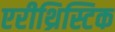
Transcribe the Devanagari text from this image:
एरीथ्रिस्टिक